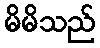
မိမိသည်